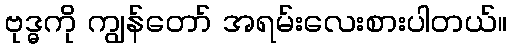
ဗုဒ္ဓကို ကျွန်တော် အရမ်းလေးစားပါတယ်။